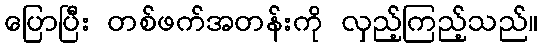
ပြောပြီး တစ်ဖက်အတန်းကို လှည့်ကြည့်သည်။